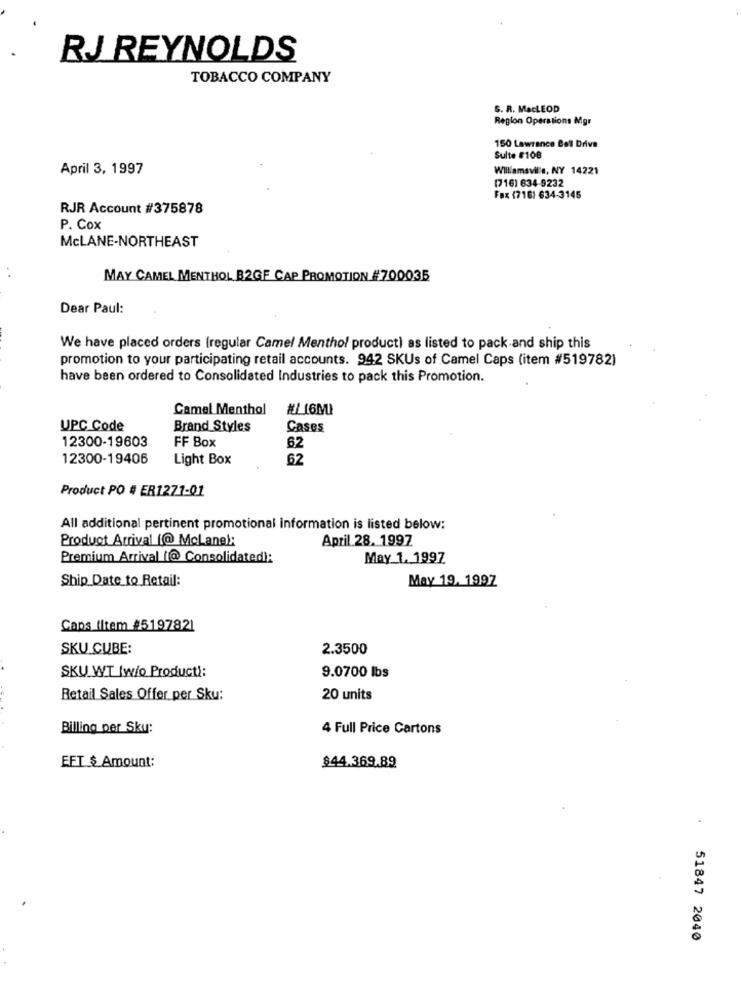
RJ REYNOLDS
TOBACCO COMPANY
S. R. MacLEOD
Region Operations Mgr
150 Lawrence Bell Drive
Sulte #108
April 3, 1997
Williamsvil's, NY 14221
(716) 634-9232
Fax (716: 634-3145
RJR Account #375878
P. Cox
McLANE-NORTHEAST
MAY CAMEL MENTHOL B2GF CAP PROMOTION #700035
Dear Paul:
We have placed orders (regular Camel Menthol product) as listed to pack and ship this
promotion to your participating retail accounts. 942 SKUs of Camel Caps (item #519782)
have been ordered to Consolidated Industries to pack this Promotion.
Camel Menthol
#/_16MI
UPC Code
Brand Styles
Cases
12300-19603
FF Box
62
12300-19406
Light Box
62
Product PO # ER1271-01
All additional pertinent promotional information is listed below:
Product Arrival [@ McLane):
April 28. 1997
Premium Arrival (@ Consolidated):
May 1. 1997
Ship Date to Retail:
May 19. 1997
Caps Iltem 45197821
SKU CUBE:
2.3500
SKU WT |w/o Producti:
9.0700 lbs
Retail Sales Offer per Sku:
20 units
Billing per Sku:
4 Full Price Cartons
EFT $ Amount:
$44.369.89
51847 2040